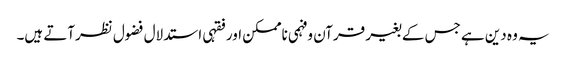
یہ وہ دین ہے جس کے بغیر قرآن وفہمی ناممکن اور فقہی استدلال فضول نظرآتے ہیں۔